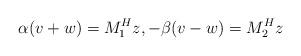
LaTeX: \begin{align*}\alpha(v+w)=M_1^Hz,-\beta(v-w)=M_2^Hz\end{align*}